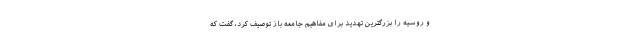
و روسیه را بزرگترین تهدید برای مفاهیم جامعه باز توصیف کرد، گفت که